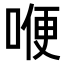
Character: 𠷊